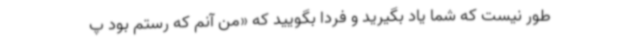
طور نیست که شما یاد بگیرید و فردا بگویید که «من آنم که رستم بود پ